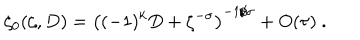
\zeta _ { 0 } ( \zeta , D ) = \left( ( - 1 ) ^ { k } D + \zeta ^ { - \sigma } \right) ^ { - 1 / \sigma } + O ( \tau ) \ .